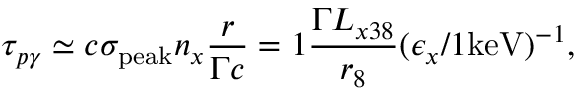
\tau _ { p \gamma } \simeq c \sigma _ { \mathrm { p e a k } } n _ { x } \frac { r } { \Gamma c } = 1 \frac { \Gamma L _ { x 3 8 } } { r _ { 8 } } ( \epsilon _ { x } / 1 \mathrm { k e V } ) ^ { - 1 } ,